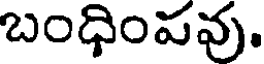
బంధింపవు.